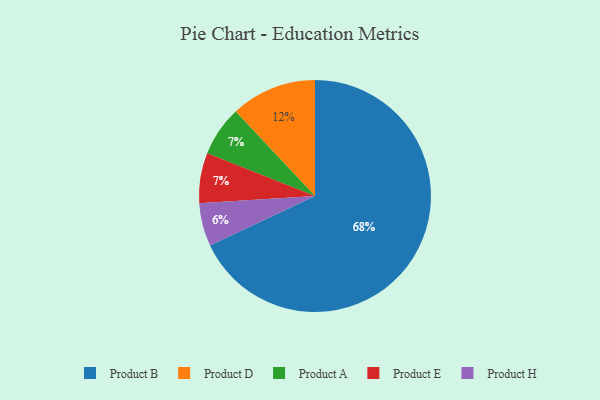
{"axis": {"x": "Category", "y": "Percentage"}, "legend": ["Product A", "Product B", "Product D", "Product E", "Product H"], "data": [{"x": "Product D", "y": 12, "type": "Product D"}, {"x": "Product H", "y": 6, "type": "Product H"}, {"x": "Product A", "y": 7, "type": "Product A"}, {"x": "Product B", "y": 68, "type": "Product B"}, {"x": "Product E", "y": 7, "type": "Product E"}]}